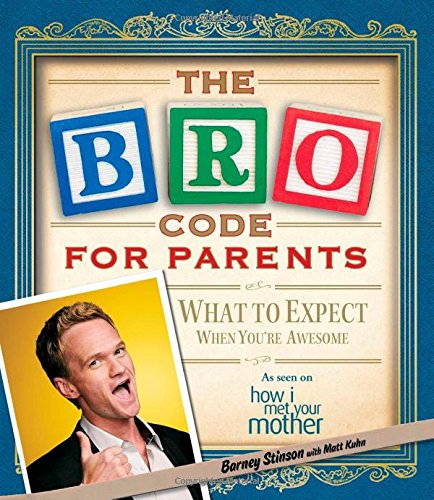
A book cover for Bro Code for Parents: What to Expect When You're Awesome; Barney Stinson; Humor & Entertainment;